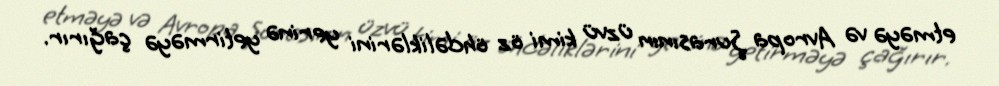
etməyə və Avropa Şurasının üzvü kimi öz öhdəliklərini yerinə yetirməyə çağırır.